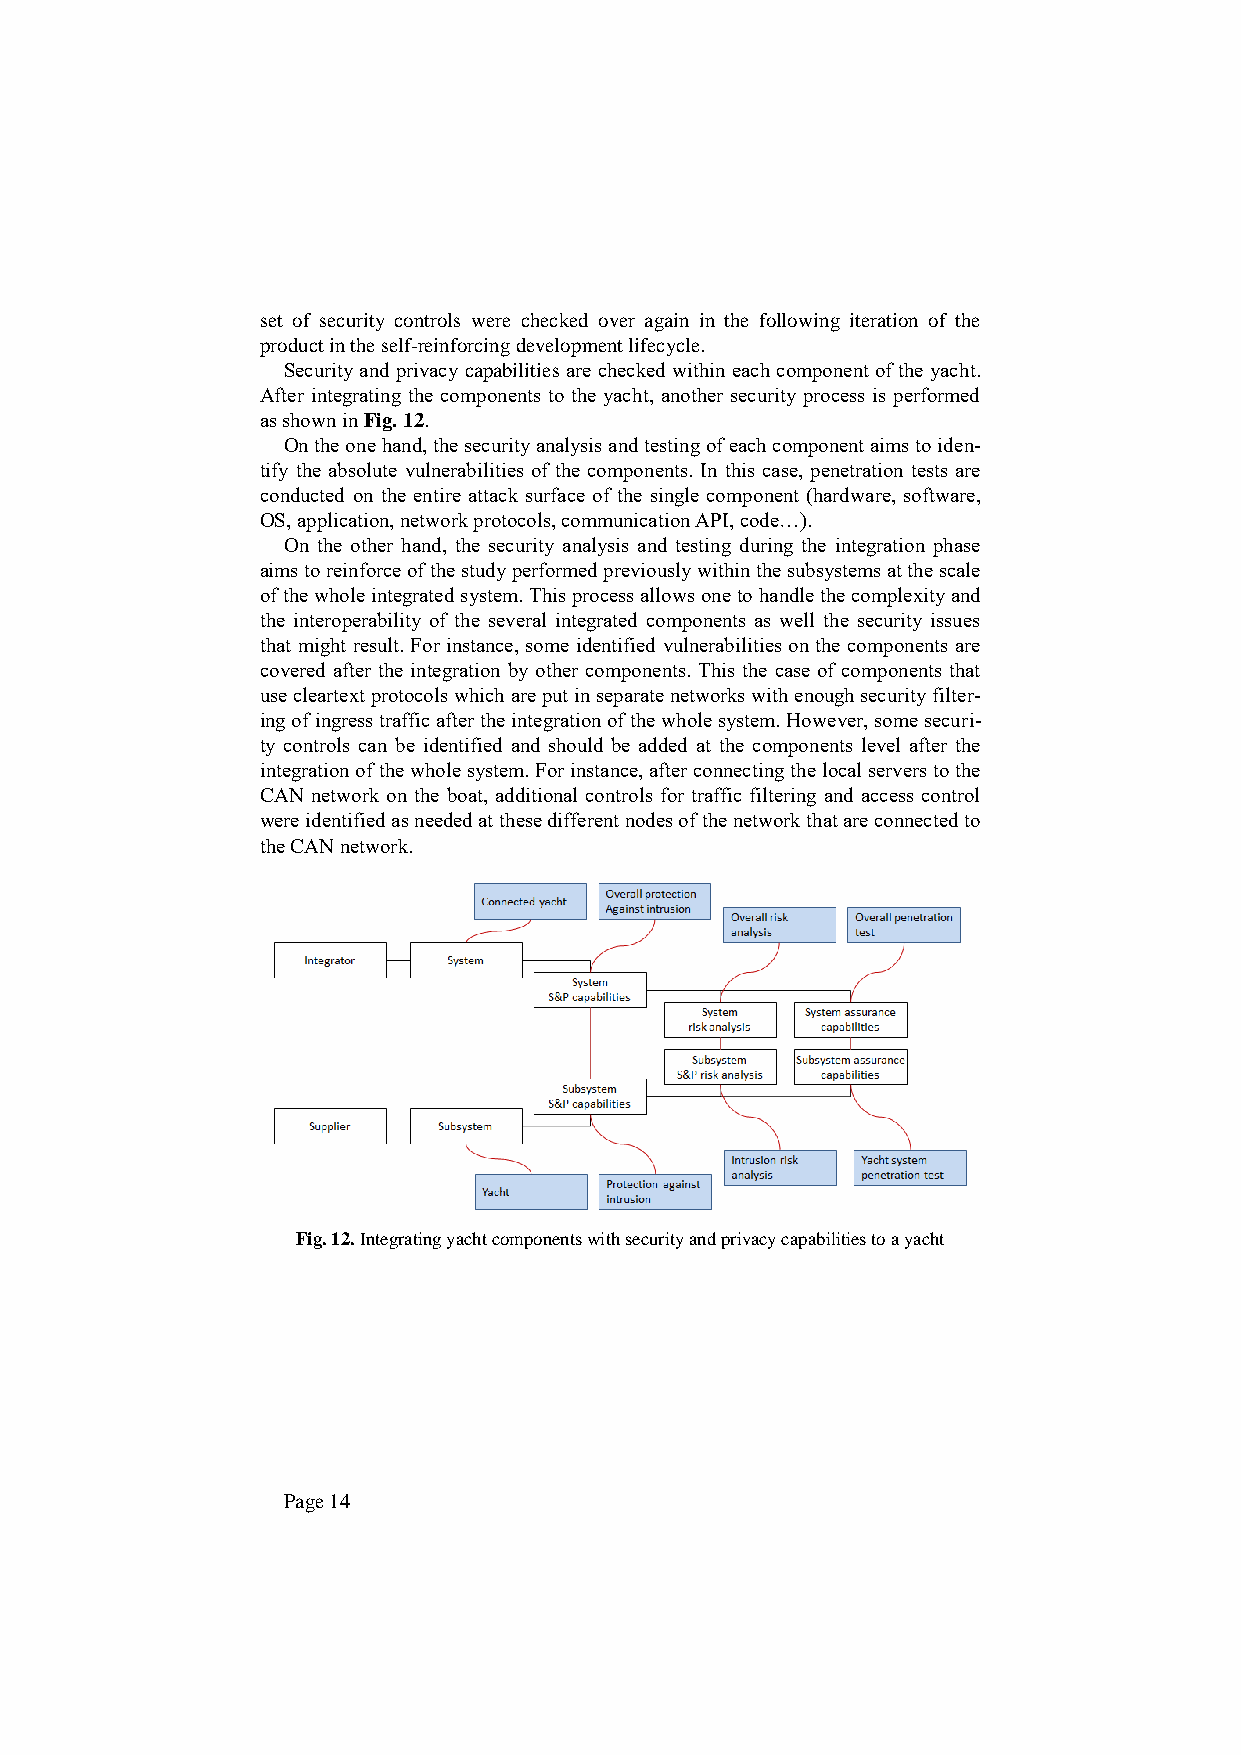
set of security controls were checked over again in the following iteration of the
 product in the self-reinforcing development lifecycle.
 Security and privacy capabilities are checked within each component of the yacht.
 After integrating the components to the yacht, another security process is performed
 as shown in Fig. 12.
 On the one hand, the security analysis and testing of each component aims to iden-
 tify the absolute vulnerabilities of the components. In this case, penetration tests are
 conducted on the entire attack surface of the single component (hardware, software,
 OS, application, network protocols, communication API, code…).
 On the other hand, the security analysis and testing during the integration phase
 aims to reinforce of the study performed previously within the subsystems at the scale
 of the whole integrated system. This process allows one to handle the complexity and
 the interoperability of the several integrated components as well the security issues
 that might result. For instance, some identified vulnerabilities on the components are
 covered after the integration by other components. This the case of components that
 use cleartext protocols which are put in separate networks with enough security filter-
 ing of ingress traffic after the integration of the whole system. However, some securi-
 ty controls can be identified and should be added at the components level after the
 integration of the whole system. For instance, after connecting the local servers to the
 CAN network on the boat, additional controls for traffic filtering and access control
 were identified as needed at these different nodes of the network that are connected to
 the CAN network.
 Fig. 12. Integrating yacht components with security and privacy capabilities to a yacht
 Page 14